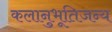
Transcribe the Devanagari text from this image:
कलानुभूतिजन्य